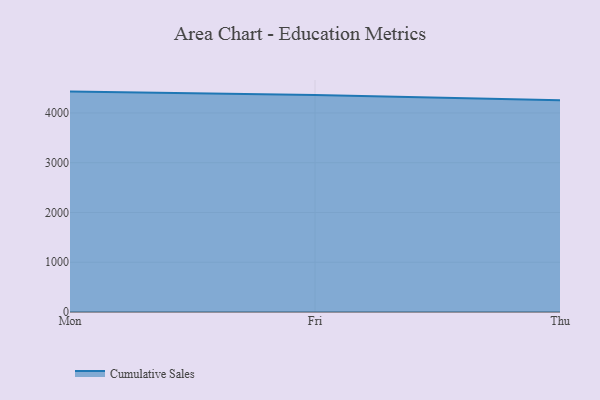
{"axis": {"x": "Day", "y": "Operating Costs (USD K)"}, "legend": ["Cumulative Sales"], "data": [{"x": "Mon", "y": 4429.7, "type": "Cumulative Sales"}, {"x": "Fri", "y": 4359.3, "type": "Cumulative Sales"}, {"x": "Thu", "y": 4253.9, "type": "Cumulative Sales"}]}